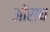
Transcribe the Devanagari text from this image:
ओसध